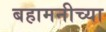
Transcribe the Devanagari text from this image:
बहामनीच्या